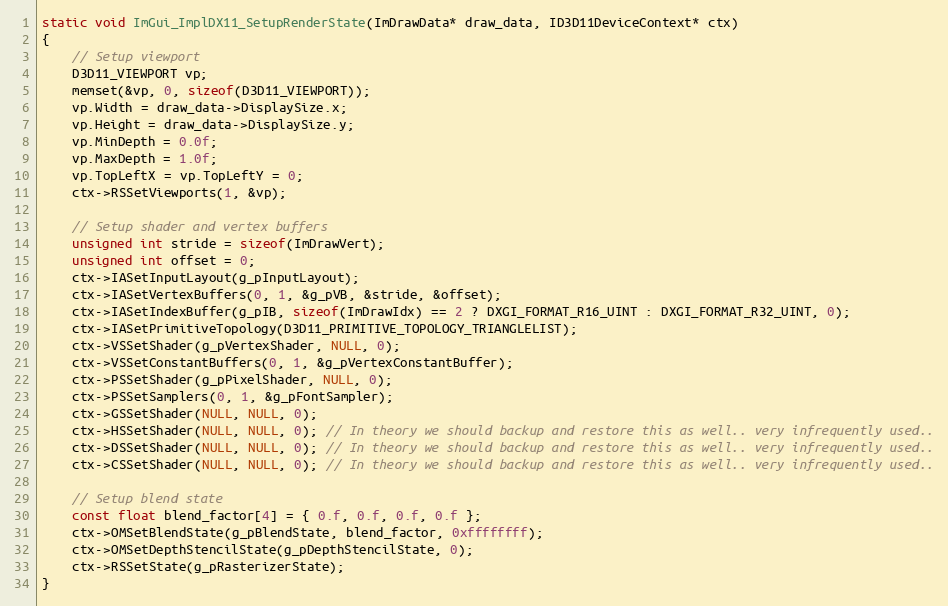
Language: C++
static void ImGui_ImplDX11_SetupRenderState(ImDrawData* draw_data, ID3D11DeviceContext* ctx)
{
    // Setup viewport
    D3D11_VIEWPORT vp;
    memset(&vp, 0, sizeof(D3D11_VIEWPORT));
    vp.Width = draw_data->DisplaySize.x;
    vp.Height = draw_data->DisplaySize.y;
    vp.MinDepth = 0.0f;
    vp.MaxDepth = 1.0f;
    vp.TopLeftX = vp.TopLeftY = 0;
    ctx->RSSetViewports(1, &vp);

    // Setup shader and vertex buffers
    unsigned int stride = sizeof(ImDrawVert);
    unsigned int offset = 0;
    ctx->IASetInputLayout(g_pInputLayout);
    ctx->IASetVertexBuffers(0, 1, &g_pVB, &stride, &offset);
    ctx->IASetIndexBuffer(g_pIB, sizeof(ImDrawIdx) == 2 ? DXGI_FORMAT_R16_UINT : DXGI_FORMAT_R32_UINT, 0);
    ctx->IASetPrimitiveTopology(D3D11_PRIMITIVE_TOPOLOGY_TRIANGLELIST);
    ctx->VSSetShader(g_pVertexShader, NULL, 0);
    ctx->VSSetConstantBuffers(0, 1, &g_pVertexConstantBuffer);
    ctx->PSSetShader(g_pPixelShader, NULL, 0);
    ctx->PSSetSamplers(0, 1, &g_pFontSampler);
    ctx->GSSetShader(NULL, NULL, 0);
    ctx->HSSetShader(NULL, NULL, 0); // In theory we should backup and restore this as well.. very infrequently used..
    ctx->DSSetShader(NULL, NULL, 0); // In theory we should backup and restore this as well.. very infrequently used..
    ctx->CSSetShader(NULL, NULL, 0); // In theory we should backup and restore this as well.. very infrequently used..

    // Setup blend state
    const float blend_factor[4] = { 0.f, 0.f, 0.f, 0.f };
    ctx->OMSetBlendState(g_pBlendState, blend_factor, 0xffffffff);
    ctx->OMSetDepthStencilState(g_pDepthStencilState, 0);
    ctx->RSSetState(g_pRasterizerState);
}